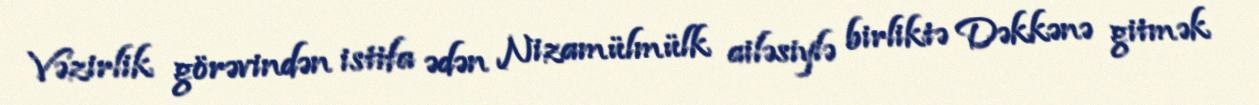
Vəzirlik görəvindən istifa ədən Nizamülmülk ailəsiylə birliktə Dəkkənə gitmək